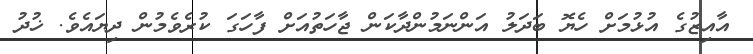
އާއިޒުގެ އުޅުމަށް ހެޔޮ ބަދަލު އަންނަމުންދާކަން ޖާހަތުއަށް ފާހަގަ ކުރެވެމުން ދިޔައެވެ. ޚުދު